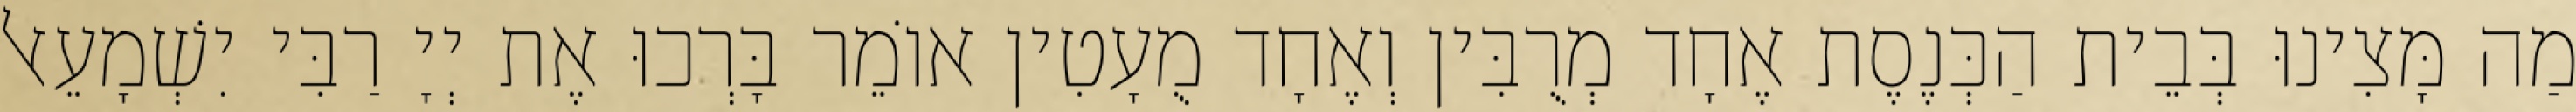
מַה מָּצִינוּ בְּבֵית הַכְּנֶסֶת אֶחָד מְרֻבִּין וְאֶחָד מֻעָטִין אוֹמֵר בָּרְכוּ אֶת יְיָ רַבִּי יִשְׁמָעֵאל